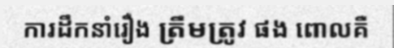
ការដឹកនាំរឿង ត្រឹមត្រូវ ផង ពោលគឺ